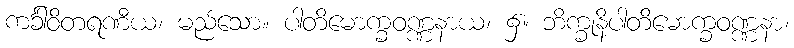
ကင်္ခါဝိတရဏီယ၊ မည်သော။ ပါတိမောက္ခဝဏ္ဏနာယ၊ ၌။ ဘိက္ခုနိပါတိမောက္ခဝဏ္ဏနာ၊